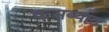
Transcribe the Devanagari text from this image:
कसब्यात